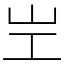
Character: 㞬